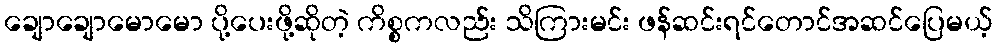
ချောချောမောမော ပို့ပေးဖို့ဆိုတဲ့ ကိစ္စကလည်း သိကြားမင်း ဖန်ဆင်းရင်တောင်အဆင်ပြေမယ့်